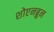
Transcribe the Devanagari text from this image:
शोएनब्रुन